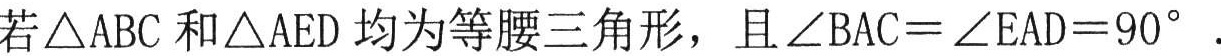
若\(\triangle ABC\)和\(\triangle AED\)均为等腰三角形，且\(\angle BAC = \angle EAD = 90^{\circ}\) .